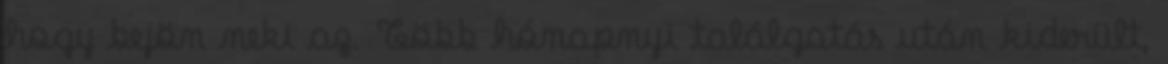
hogy bejön neki az. Több hónapnyi találgatás után kiderült,